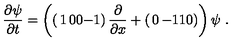
\frac { \partial \psi } { \partial t } = \left( \left( \begin{matrix} { 1 } & { 0 } \\ { 0 } & { - 1 } \\ \end{matrix} \right) \frac { \partial } { \partial x } + \left( \begin{matrix} { 0 } & { - 1 } \\ { 1 } & { 0 } \\ \end{matrix} \right) \right) \psi \ .